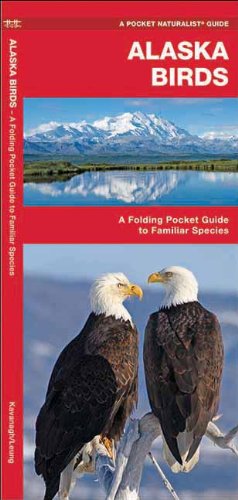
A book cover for Alaska Birds: A Folding Pocket Guide to Familiar Species (Pocket Naturalist Guide Series); James Kavanagh; Travel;